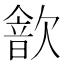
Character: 𣤗